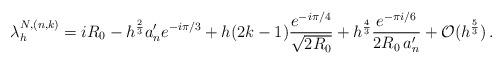
LaTeX: \begin{align*} \lambda_{h}^{N, (n,k)}= i R_0 - h^{\frac 23} a'_n e^{-i\pi/3} + h (2k-1)\frac{e^{-i\pi/4}}{\sqrt{2 R_0}} + h^{\frac 43} \frac{e^{-\pi i/6}}{2R_0\, a'_n} + \mathcal O(h^{\frac 53})\, .\end{align*}